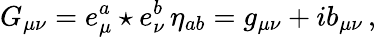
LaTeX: G_{\mu\nu}=e_{\mu}^{a}\star e_{\nu}^{b}\, \eta_{ab}=g_{\mu\nu}+ib_{\mu\nu}\, ,